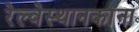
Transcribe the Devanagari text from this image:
रेल्वेस्थानकांना